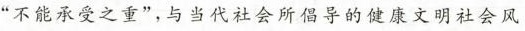
“不能承受之重”，与当代社会所倡导的健康文明社会风